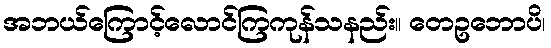
အဘယ်ကြောင့်လောင်ကြကုန်သနည်း။ တေဥဘောပိ၊